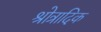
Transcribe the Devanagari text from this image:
श्रोत्रादिक